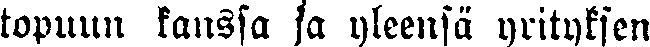
topuun kanssa ja yleensä yrityksen